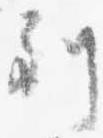
到